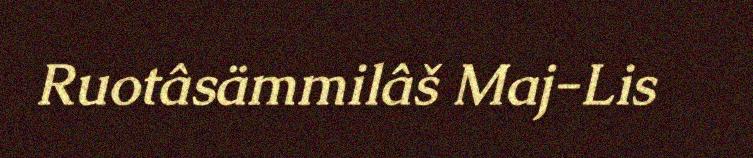
Ruotâsämmilâš Maj-Lis